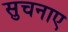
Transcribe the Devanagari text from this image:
सुचनाए